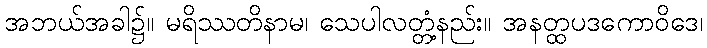
အဘယ်အခါ၌။ မရိဿတိနာမ၊ သေပါလတ္တံ့နည်း။ အနတ္ထပဒကောဝိဒေ၊